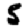
Digit: 5